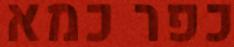
כפר כמא